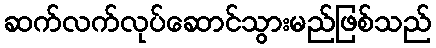
ဆက်လက်လုပ်ဆောင်သွားမည်ဖြစ်သည်